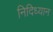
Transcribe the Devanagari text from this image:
निदिध्यान